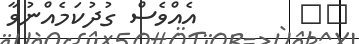
٢٨        އެއްވެސް ގުދުކަމެއްނުވާ